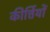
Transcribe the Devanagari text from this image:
कीर्त्तियों